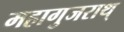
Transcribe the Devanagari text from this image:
महागुजराथ्